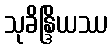
သုခိန္ဒြိယဿ